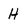
Character: H